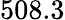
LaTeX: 508.3